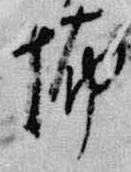
怖